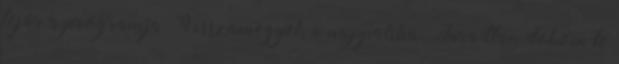
lejár a programja. Visszamegyek a nappaliba. Fáradtan dobom le